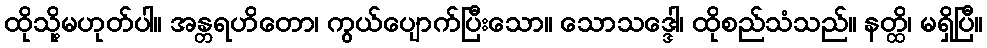
ထိုသို့မဟုတ်ပါ။ အန္တရဟိတော၊ ကွယ်ပျောက်ပြီးသော။ သောသဒ္ဒေါ၊ ထိုစည်သံသည်။ နတ္ထိ၊ မရှိပြီ။